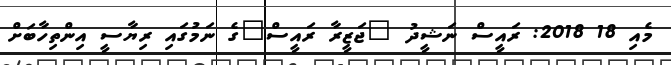
މެއި 18 2018: ރައީސް ނަޝީދު "ޖަޒީރާ ރައީސް"ގެ ނަމުގައި ރިޔާސީ އިންތިހާބަށް